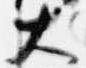
大